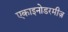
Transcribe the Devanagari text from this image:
एकाइनोडरमीज़